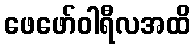
ဖေဖော်ဝါရီလအထိ